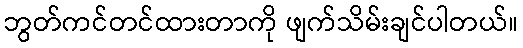
ဘွတ်ကင်တင်ထားတာကို ဖျက်သိမ်းချင်ပါတယ်။